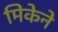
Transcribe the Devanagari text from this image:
मिकेने